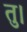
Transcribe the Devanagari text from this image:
तु।